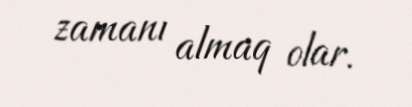
zamanı almaq olar.